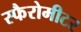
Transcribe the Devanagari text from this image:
स्फैरोमीटर